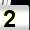
Digit: 2